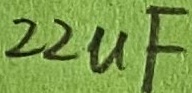
Text: 22µF